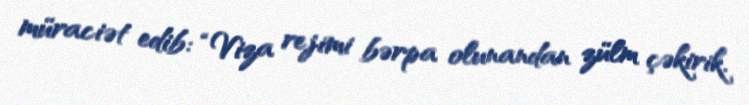
müraciət edib: “Viza rejimi bərpa olunandan zülm çəkirik.